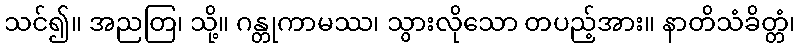
သင်၍။ အညတြ၊ သို့။ ဂန္တုကာမဿ၊ သွားလိုသော တပည့်အား။ နာတိသံခိတ္တံ၊